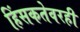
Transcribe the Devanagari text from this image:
हिंसकतेवरही